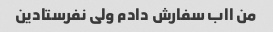
من ااب سفارش دادم ولی نفرستادین